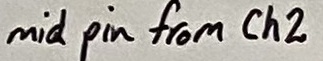
Text: mid pin from Ch2